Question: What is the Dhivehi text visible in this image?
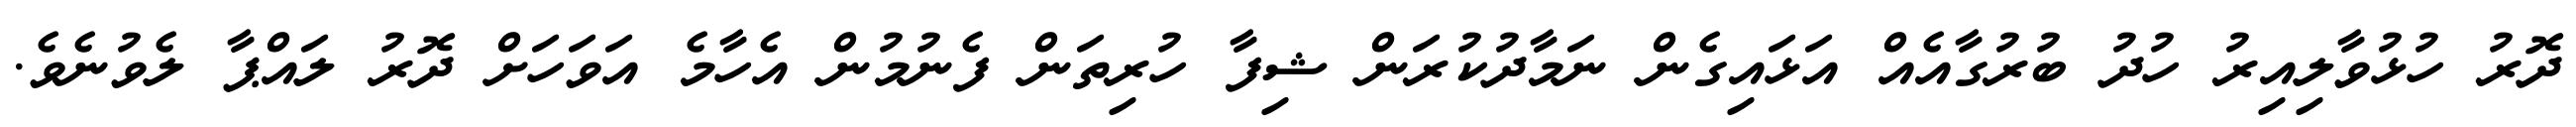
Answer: ދޮރު ހުޅުވާލިއިރު ހުދު ބުރުގާއެއް އަޅައިގެން ނަމާދުކުރަން ޝިފާ ހުރިތަން ފެނުމުން އެހާމެ އަވަހަށް ދޮރު ލައްޕާ ލެވުނެވެ.